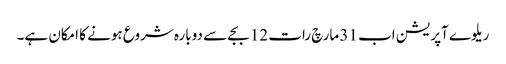
ریلوے آپریشن اب 31 مارچ رات 12 بجے سے دوبارہ شروع ہونے کا امکان ہے۔